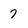
Character: 7